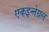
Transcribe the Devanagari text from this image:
एकइन्तेग्रल